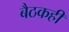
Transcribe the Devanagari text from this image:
बैठकही